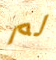
لم